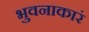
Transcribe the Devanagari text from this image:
भुवनाकारं